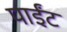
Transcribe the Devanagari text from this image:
पाईंट